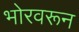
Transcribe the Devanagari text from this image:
भोरवरून